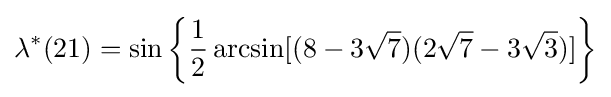
\lambda ^{*}(21)=\sin \left\{{\frac {1}{2}}\arcsin[(8-3{\sqrt {7}})(2{\sqrt {7}}-3{\sqrt {3}})]\right\}